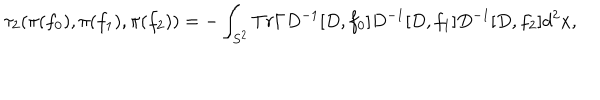
LaTeX: { \tau } _ { 2 } ( { \pi } ( f _ { 0 } ) , { \pi } ( f _ { 1 } ) , { \pi } ( f _ { 2 } ) ) = - \int _ { S ^ { 2 } } T r { \Gamma } D ^ { - 1 } [ D , f _ { 0 } ] D ^ { - 1 } [ D , f _ { 1 } ] D ^ { - 1 } [ D , f _ { 2 } ] d ^ { 2 } x ,